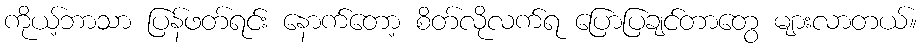
ကိုယ့်ဘာသာ ပြန်ဖတ်ရင်း နောက်တော့ စိတ်လိုလက်ရ ပြောပြချင်တာတွေ များလာတယ်။